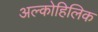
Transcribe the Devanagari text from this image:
अल्कोहिलिक